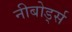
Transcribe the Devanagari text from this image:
नीबोर्ड्स